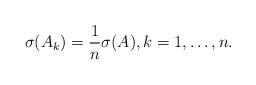
LaTeX: \begin{align*} \sigma(A_k)=\frac{1}{n}\sigma(A),k=1,\ldots, n.\end{align*}